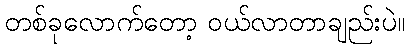
တစ်ခုလောက်တော့ ဝယ်လာတာချည်းပဲ။